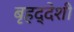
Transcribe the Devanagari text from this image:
बृहद्‌देशी